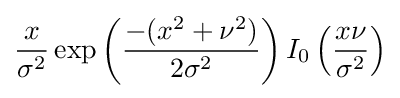
{\frac {x}{\sigma ^{2}}}\exp \left({\frac {-(x^{2}+\nu ^{2})}{2\sigma ^{2}}}\right)I_{0}\left({\frac {x\nu }{\sigma ^{2}}}\right)